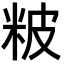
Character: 𥹖